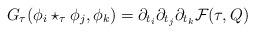
LaTeX: \begin{align*} G_\tau (\phi_i \star_\tau \phi_j, \phi_k) = \partial_{t_i} \partial_{t_j} \partial_{t_k} \mathcal{F}(\tau,Q) \end{align*}